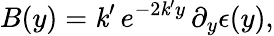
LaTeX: B(y)=\mathit{k}^{\prime}\, e^{-2\mathit{k}^{\prime}y}\, \partial_{y}\epsilon(y),